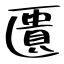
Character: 匱